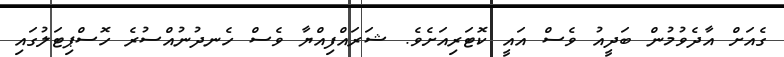
ގެއަށް އާދެވުމުން ބަދީއު ވެސް އައީ ކޮޓަރިއަށެވެ. ޝަރައްފިއްޔާ ވެސް ހެނދުނުއްސުރެ ހޮސްޕިޓަލުގައި